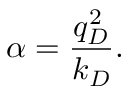
\alpha = \frac { q _ { D } ^ { 2 } } { k _ { D } } .